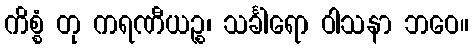
ကိစ္စံ တု ကရဏီယဉ္စ၊ သင်္ခါရော ဝါသနာ ဘဝေ။